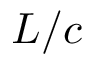
L / c